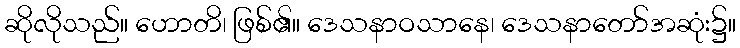
ဆိုလိုသည်။ ဟောတိ၊ ဖြစ်၏။ ဒေသနာဝသာနေ၊ ဒေသနာတော်အဆုံး၌။